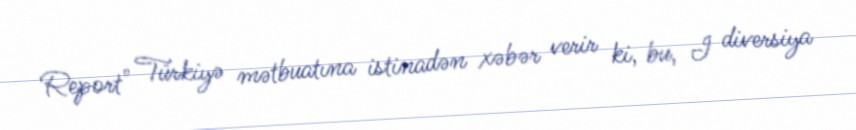
Report" Türkiyə mətbuatına istinadən xəbər verir ki, bu, I diversiya